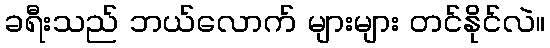
ခရီးသည် ဘယ်လောက် များများ တင်နိုင်လဲ။